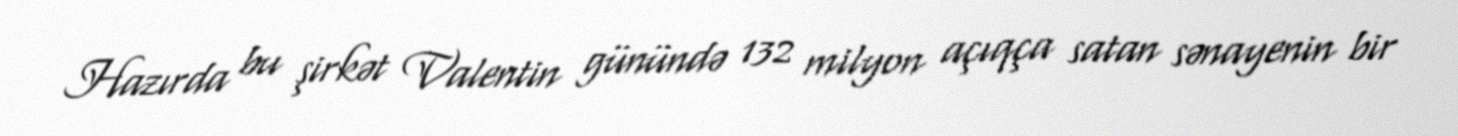
Hazırda bu şirkət Valentin günündə 132 milyon açıqça satan sənayenin bir